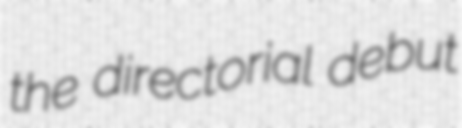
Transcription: the directorial debut